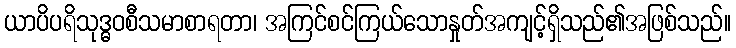
ယာပိပရိသုဒ္ဓဝစီသမာစာရတာ၊ အကြင်စင်ကြယ်သောနှုတ်အကျင့်ရှိသည်၏အဖြစ်သည်။